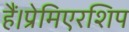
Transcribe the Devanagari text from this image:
हैं।प्रेमिएरशिप